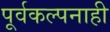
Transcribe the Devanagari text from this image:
पूर्वकल्पनाही